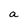
Character: a